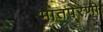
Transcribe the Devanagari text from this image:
भातपेरणी